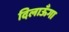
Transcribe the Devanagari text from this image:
दिलाऊँगा